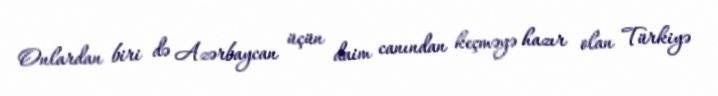
Onlardan biri də Azərbaycan üçün daim canından keçməyə hazır olan Türkiyə